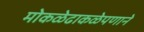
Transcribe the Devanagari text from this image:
मोकळेढाकळेपणाने